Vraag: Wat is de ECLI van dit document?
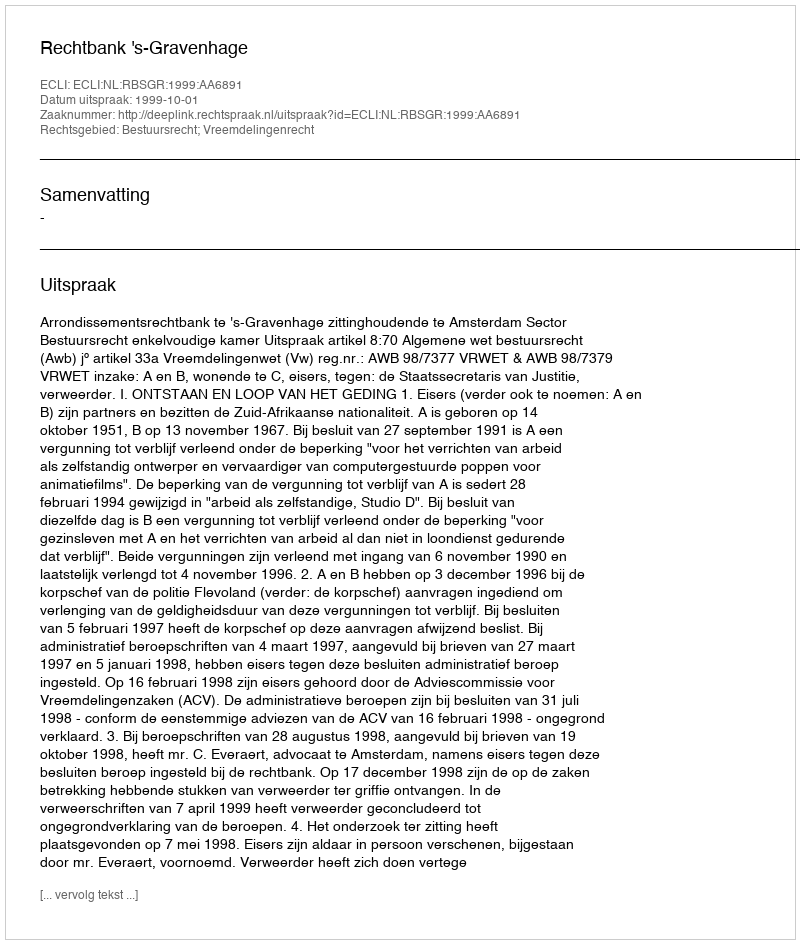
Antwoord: ECLI:NL:RBSGR:1999:AA6891